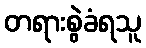
တရားစွဲခံရသူ